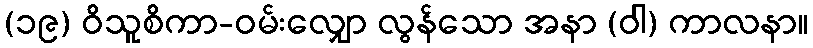
(၁၉) ဝိသူစိကာ-ဝမ်းလျှော လွန်သော အနာ (ဝါ) ကာလနာ။